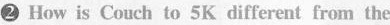
2 How is Cmch to 5K different from the